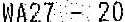
WA27 - 20